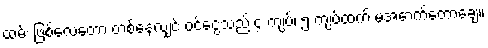
ထမ်း ဖြစ်လေတော့ တစ်နေ့လျှင် ဝင်ငွေသည် ၄ ကျပ်၊ ၅ ကျပ်ထက် မအောက်တော့ချေ။